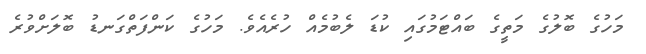
މަހުގެ ބޮލުގެ މަތީގެ ބައްޓަމުގައި ކުޑަ ލެބުމެއް ހުރެއެވެ. މަހުގެ ކަންފަތްގަނޑު ބޮލަށްވުރެ